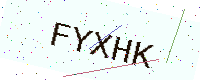
Text: FYXHK